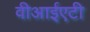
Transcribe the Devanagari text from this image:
वीआईएटी